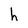
Character: h